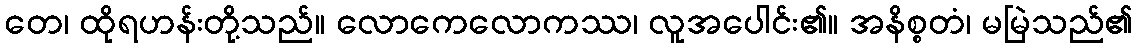
တေ၊ ထိုရဟန်းတို့သည်။ လောကေလောကဿ၊ လူအပေါင်း၏။ အနိစ္စတံ၊ မမြဲသည်၏